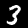
Label: 3